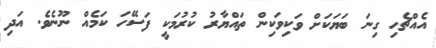
އެއްޗެހި ގިނަ ބަޔަކަށް ވަކިވަކިން ތައްޔާރު ކުރުމަކީ ފަސޭހަ ކަމެއް ނޫނެވެ. އަދި